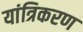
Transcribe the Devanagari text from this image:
यांत्रिकरण